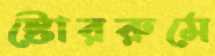
স্টোররুমে